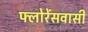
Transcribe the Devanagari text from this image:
फ्लोरेंसवासी